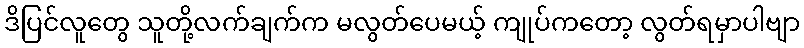
ဒိပြင်လူတွေ သူတို့လက်ချက်က မလွတ်ပေမယ့် ကျုပ်ကတော့ လွတ်ရမှာပါဗျာ